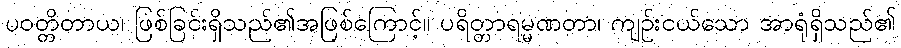
ပဝတ္တိတာယ၊ ဖြစ်ခြင်းရှိသည်၏အဖြစ်ကြောင့်။ ပရိတ္တာရမ္မဏတာ၊ ကျဉ်းငယ်သော အာရုံရှိသည်၏